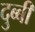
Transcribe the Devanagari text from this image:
दुब्बी